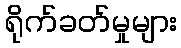
ရိုက်ခတ်မှုများ